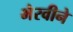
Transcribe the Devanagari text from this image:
भैरवीने